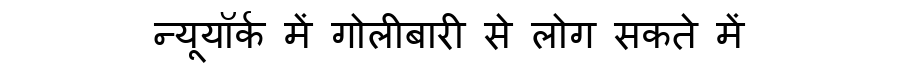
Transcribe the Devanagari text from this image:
न्यूयॉर्क में गोलीबारी से लोग सकते में